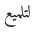
لتلميع